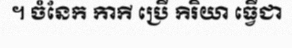
។ ចំនែក កាកី ប្រើ កិរិយា ធ្វើជា